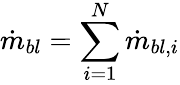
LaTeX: \dot{m}_{bl}=\sum_{i=1}^{N}\dot{m}_{bl,i}